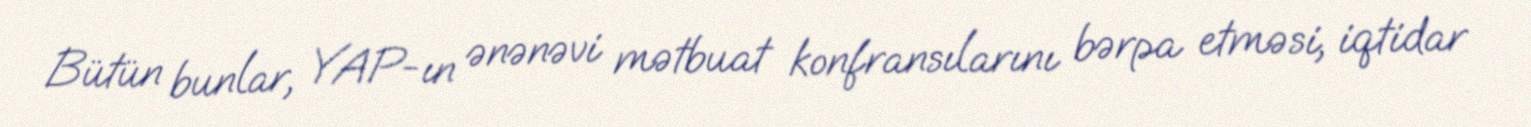
Bütün bunlar, YAP-ın ənənəvi mətbuat konfransılarını bərpa etməsi, iqtidar